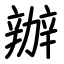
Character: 辦